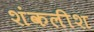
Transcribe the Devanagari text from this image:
शंकलीश